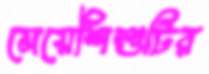
মেয়েশিশুটির